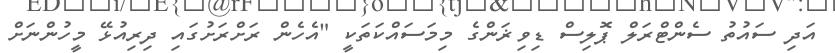
އަދި ސައުތު ސެންޓްރަލް ޕޮލިސް ޑިވިޜަންގެ މިމަސައްކަތަކީ "އެހެން ރަށްރަށުގައި ދިރިއުޅޭ މީހުންނަށް